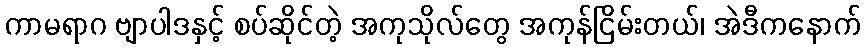
ကာမရာဂ ဗျာပါဒနှင့် စပ်ဆိုင်တဲ့ အကုသိုလ်တွေ အကုန်ငြိမ်းတယ်၊ အဲဒီကနောက်